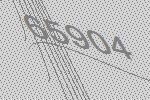
65904